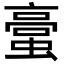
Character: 𮔯